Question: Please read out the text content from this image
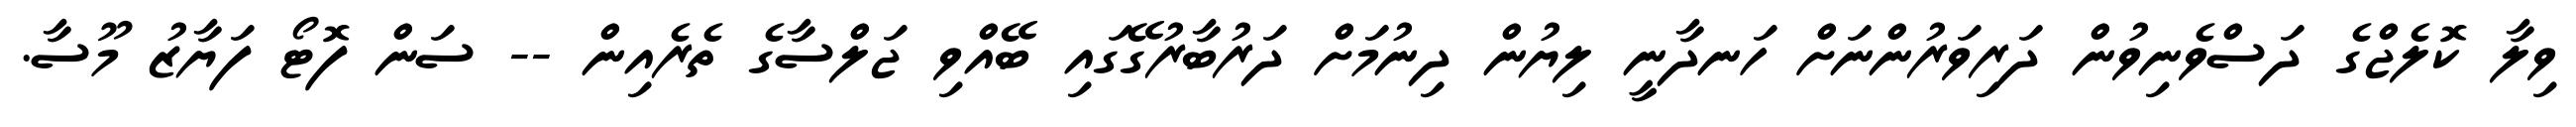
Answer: ވިލާ ކޮލެޖްގެ ދަސްވެނިވުން ދަރިވަރުންނަށް ހަނދާނީ ލިޔުން ދިނުމަށް ދަރުބާރުގޭގައި ބޭއްވި ޖަލްސާގެ ތެރެއިން -- ސަން ފޮޓޯ ފަޔާޒު މޫސާ.